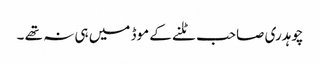
چوہدری صاحب ٹلنے کے موڈ میں ہی نہ تھے ۔